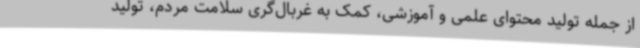
از جمله تولید محتوای علمی و آموزشی، کمک به غربال‌گری سلامت مردم، تولید